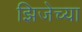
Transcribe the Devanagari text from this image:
झिजेच्या